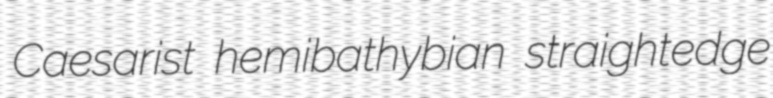
Caesarist hemibathybian straightedge